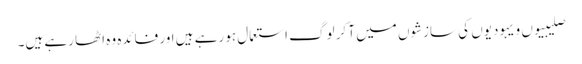
صلیبیوں و یہودیوں کی سازشوں میں آ کر لوگ استعمال ہو رہے ہیں اور فائدہ وہ اٹھا رہے ہیں۔